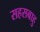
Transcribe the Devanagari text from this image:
सहसबाहु